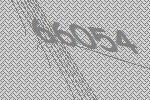
66054